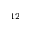
^ { 1 2 }